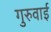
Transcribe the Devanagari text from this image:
गुरुवाई